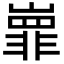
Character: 㠑